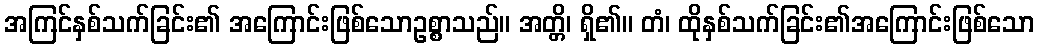
အကြင်နှစ်သက်ခြင်း၏ အကြောင်းဖြစ်သောဥစ္စာသည်။ အတ္တိ၊ ရှိ၏။ တံ၊ ထိုနှစ်သက်ခြင်း၏အကြောင်းဖြစ်သော